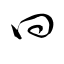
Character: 曰